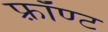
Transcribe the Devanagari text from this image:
फ़्रॉण्ट